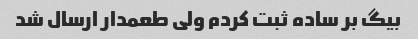
بیگ بر ساده ثبت کردم ولی طعمدار ارسال شد